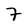
Character: 7